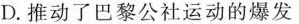
D.推动了巴黎公社运动的爆发